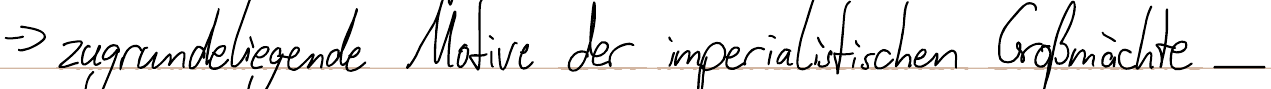
=> zugrundeliegende Motive der imperialistischen Großmächte _